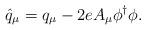
LaTeX: \begin{align*}\hat{q}_{\mu}={q}_{\mu}-2eA_{\mu}\phi^{\dagger}\phi.\end{align*}